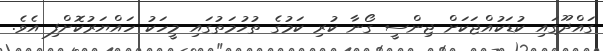
ގައްދޫގައި ކުޑަކުއްޖަކަށް ޖިންސީ ގޯނާ ކުރި ކަމުގެ ތުހުމަތުގައި މީހަކު ހައްޔަރުކޮށްފި އެވެ.